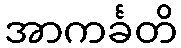
အာကင်္ခတိ